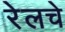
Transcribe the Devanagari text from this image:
रेलचे